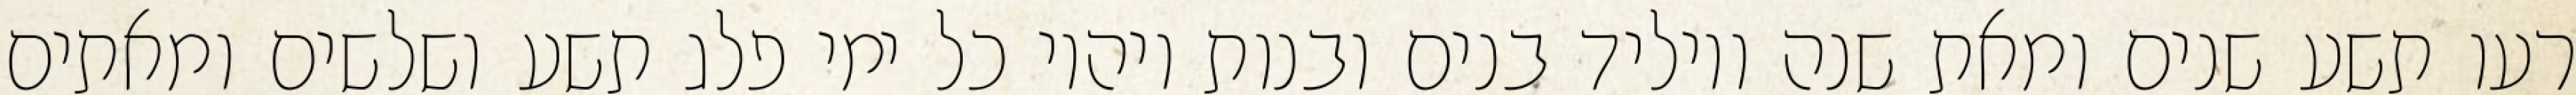
רעו תשע שנים ומאת שנה ויוליד בנים ובנות ויהיו כל ימי פלג תשע ושלשים ומאתים